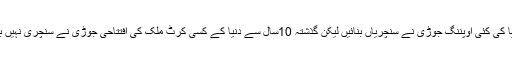
یوں تو دنیا کی کئی اوپننگ جوڑی نے سنچریاں بنائیں لیکن گذشتہ 10سال سے دنیا کے کسی کرٹ ملک کی افتتاحی جوڑی نے سنچری نہیں بنائی تھی۔